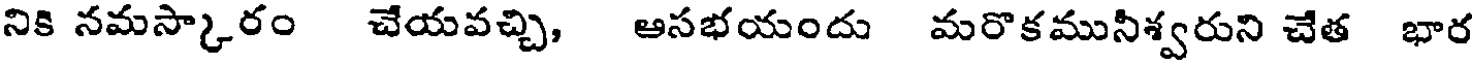
నికి నమస్కారం చేయవచ్చి, ఆసభయందు మరొకముసిశ్వరుని చేత భార